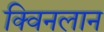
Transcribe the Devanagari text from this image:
क्विनलान